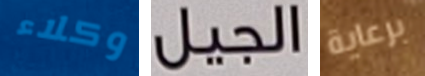
وكلاء الجيل برعاية